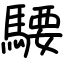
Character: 騕